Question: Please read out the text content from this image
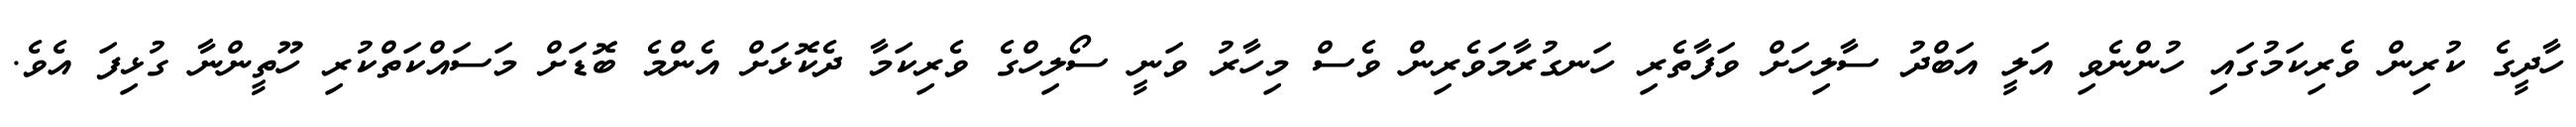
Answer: ހާދީގެ ކުރިން ވެރިކަމުގައި ހުންނެވި އަލީ އަބްދު ސާލިހަށް ވަފާތެރި ހަނގުރާމަވެރިން ވެސް މިހާރު ވަނީ ސޯލިހްގެ ވެރިކަމާ ދެކޮޅަށް އެންމެ ބޮޑަށް މަސައްކަތްކުރި ހޫތީންނާ ގުޅިފަ އެވެ.